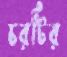
চরটির